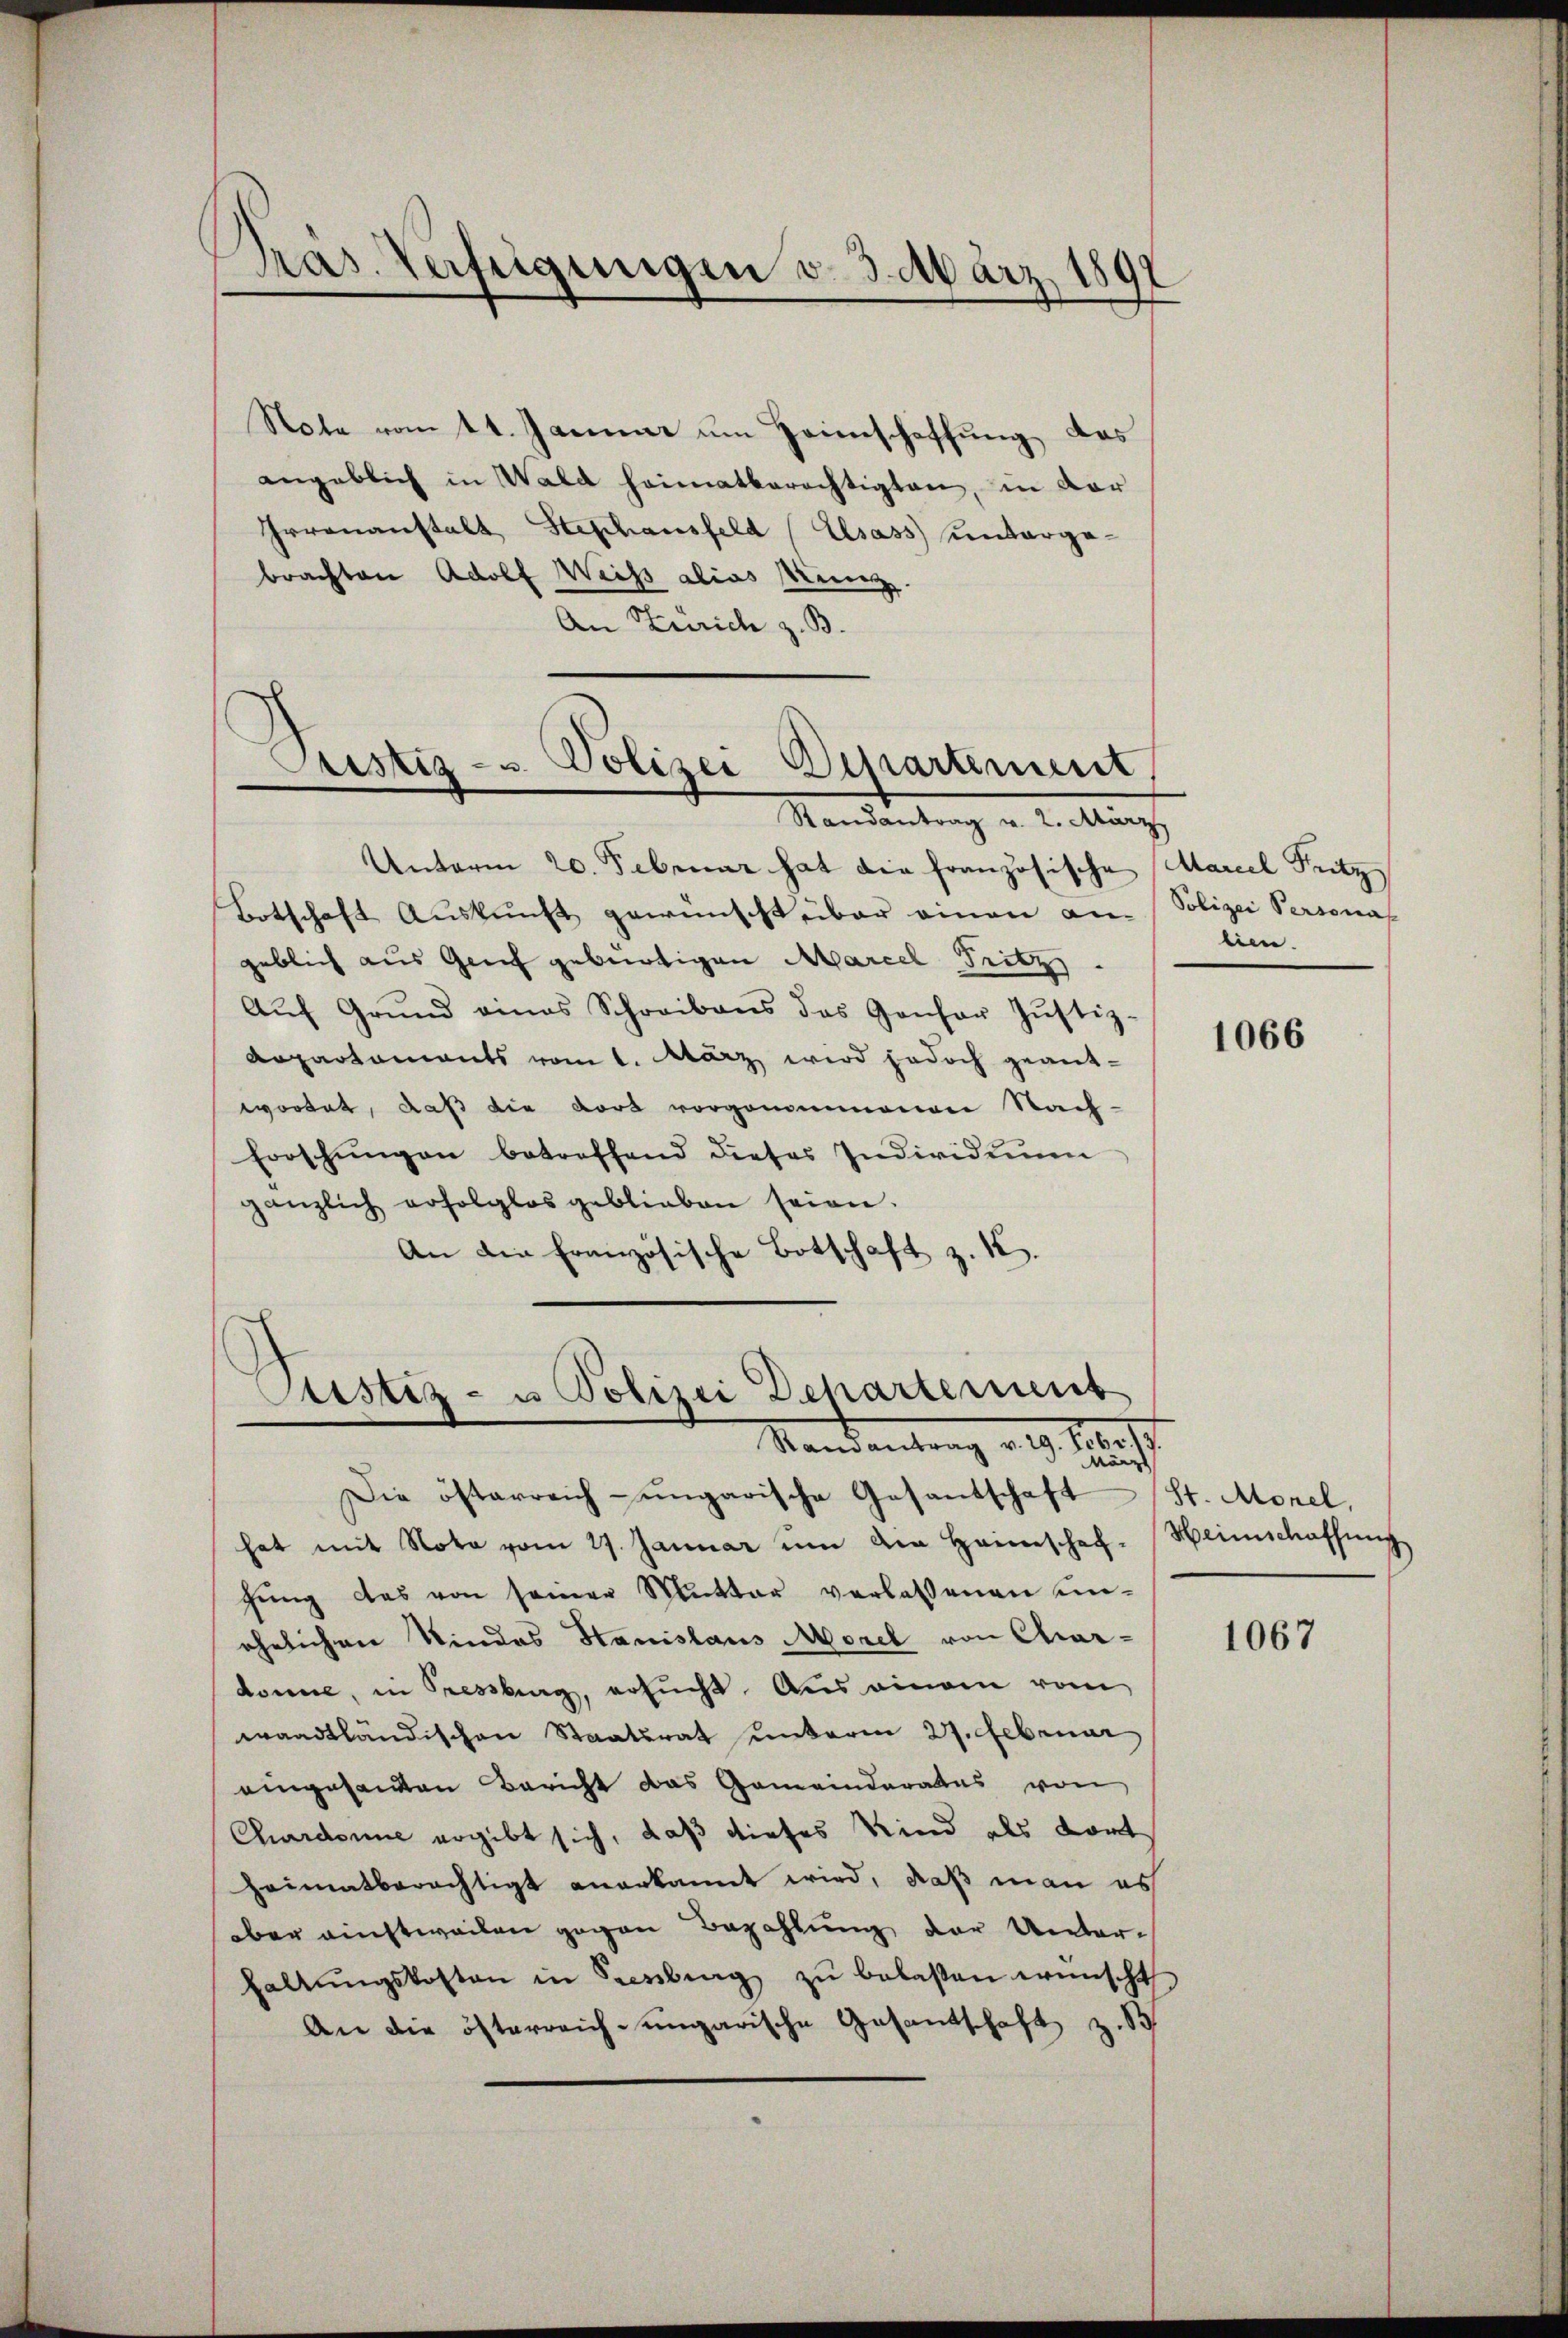
Präs. Verfügungen v. 3. März 181

Note vom 14. Januar um Heimschaffung das
angeblich in Wald heimatberechtigten, in der
Irrenanstalt Stephansfeld (Elsass unterga-
brachten Adolf Weiss alias Kunz.
An Zürich z. B.

Justiz- u. Polizei Departement
Randantrag u. 2. März

Unterm 20. Februar hat die französische Marcel Fritz
Botschaft Aŭskŭnft gewünscht über einen am Polizei Persona
geblich aus Genf gebürtigen Marcel Fritz
Aŭf Grŭnd eines Schreibens das Gansor Jŭstiz-
Repartaments vom 1. März wird jedoch geantwortet, daß die dort vorgenommenen Nach-
Forschungen betreffend dieses Individuum
gänzlich erfolglos geblieben seien.
An die Französische Botschaft z. 12.

Justiz- u Polizei Departement
Mandantrag aug. 100 f.
März

lien.

Die österreich-ungarische Gesantschaft
hat mit Nota vom 27. Januar um den Heimschef. Heimschaffŭng
gŭng das von seiner Mutter verlassenen un-
ehelichen Kindes Stanislaus Morel von Chardonne, in Pressburg, ersucht. Aus einem vom
waadtländischen Staatsrat unterm 27. Februar
eingesandten Bericht das Gemeinderates von
Chardonne ergibt sich, daß dieses Kind als dort
Heimatberechtigt anerkannt wird, daß man es
aber einstweilen gegen Bezahlung der Unterhaltŭngskosten in Seenberg zŭ belaßen wünscht
An die österreich-ungarische Gesandschaft

1066

St. Morel,

1067